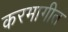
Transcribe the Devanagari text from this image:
करमागीत